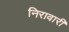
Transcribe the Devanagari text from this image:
निरावारी